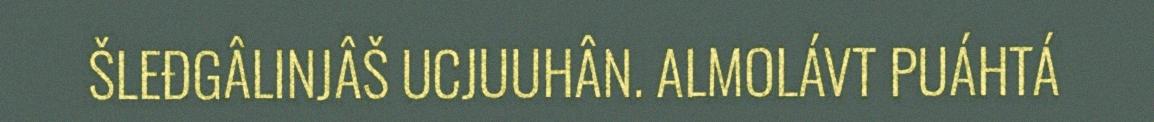
ŠLEĐGÂLINJÂŠ UCJUUHÂN. ALMOLÁVT PUÁHTÁ